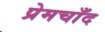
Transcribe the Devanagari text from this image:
प्रेमचाँद